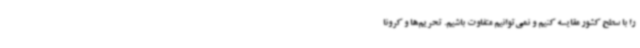
را با سطح کشور مقایسه کنیم و نمی‌توانیم متفاوت باشیم. تحریم‌ها و کرونا